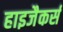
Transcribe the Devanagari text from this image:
हाइजैकर्स